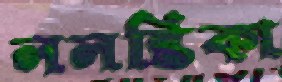
ললন্তিকা